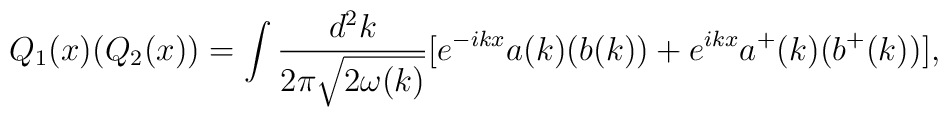
Q_1(x)(Q_2(x))=\int {{d^2k}\over{2\pi {\sqrt{2\omega (k)}}}}[e^{-ikx}a(k)(b(k))+e^{ikx}a^+(k)(b^+(k))],